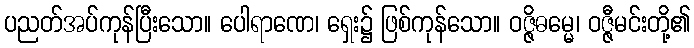
ပညတ်အပ်ကုန်ပြီးသော။ ပေါရာဏေ၊ ရှေး၌ ဖြစ်ကုန်သော။ ဝဇ္ဇိဓမ္မေ၊ ဝဇ္ဇီမင်းတို့၏